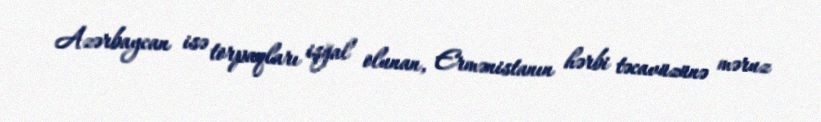
Azərbaycan isə torpaqları işğal olunan, Ermənistanın hərbi təcavüzünə məruz